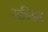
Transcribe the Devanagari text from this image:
स्क्रीमन